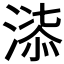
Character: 𭱲